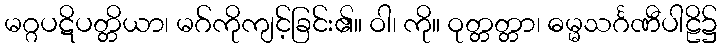
မဂ္ဂပဋိပတ္တိယာ၊ မဂ်ကိုကျင့်ခြင်း၏။ ဝါ၊ ကို။ ဝုတ္တတ္တာ၊ ဓမ္မသင်္ဂဏီပါဠိ၌